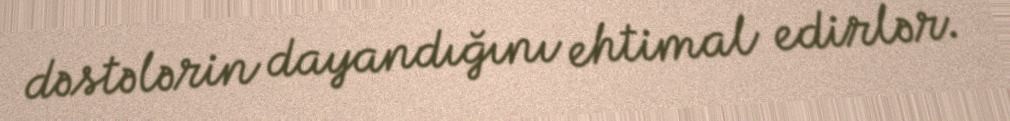
dəstələrin dayandığını ehtimal edirlər.